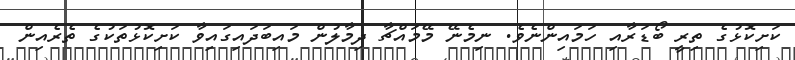
ކަށިކޮޅުގެ ތިރީ ބޯޑަރާއި ހަމައިންނެވެ. ނިމެނޭ މޭމައްޗާ ދިމާލުން މައިބަދައިގައިވާ ކަށިކޮޅުތަކުގެ ތެރެއިން